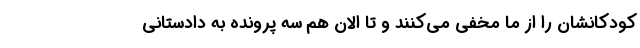
کودکانشان را از ما مخفی می‌کنند و تا الان هم سه پرونده به دادستانی